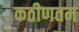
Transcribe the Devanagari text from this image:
कठीणतम